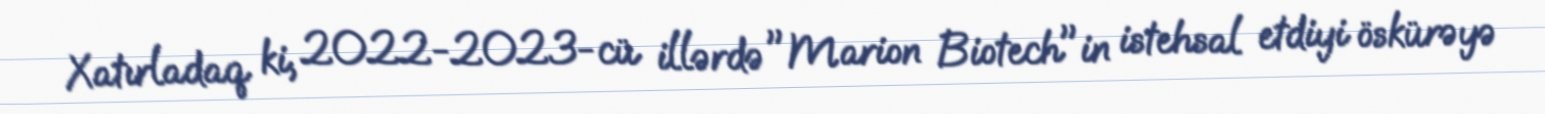
Xatırladaq ki, 2022-2023-cü illərdə "Marion Biotech"in istehsal etdiyi öskürəyə